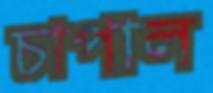
চাপাল